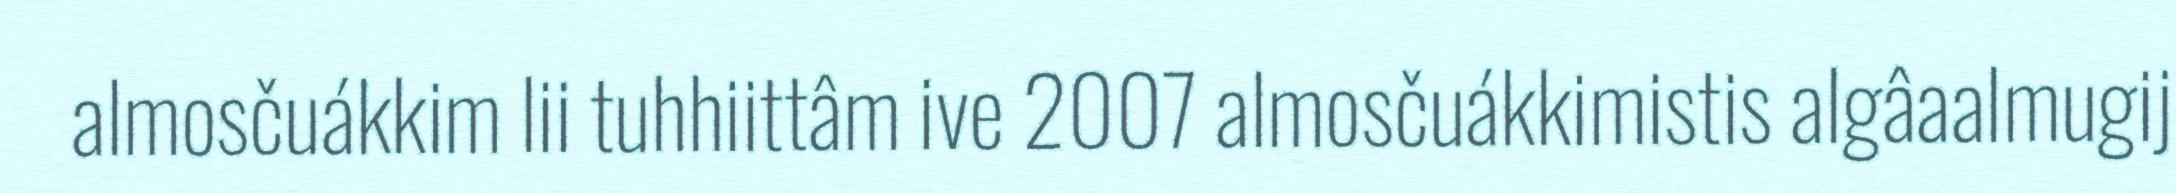
almosčuákkim lii tuhhiittâm ive 2007 almosčuákkimistis algâaalmugij